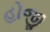
હોજી